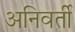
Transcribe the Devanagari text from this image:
अनिवर्ती